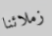
زملائنا